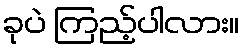
ခုပဲ ကြည့်ပါလား။